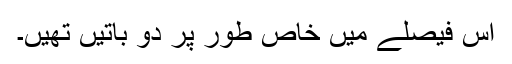
اس فیصلے میں خاص طور پر دو باتیں تھیں۔